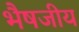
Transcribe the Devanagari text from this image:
भैषजीय